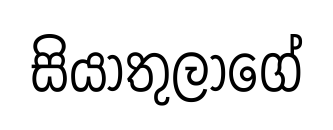
සියාතුලාගේ